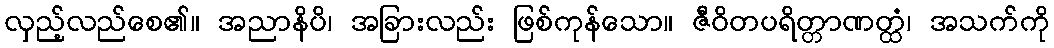
လှည့်လည်စေ၏။ အညာနိပိ၊ အခြားလည်း ဖြစ်ကုန်သော။ ဇီဝိတပရိတ္တာဏတ္ထံ၊ အသက်ကို